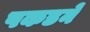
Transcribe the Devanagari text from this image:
पकडनें